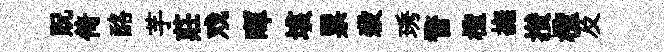
貺倚酪芋莊戏暉垓票殺琇瞀檉撫攅檉及